Lunatic asylums Central Provinces reports 1886-1894 - 1886-1894
Year: 1886
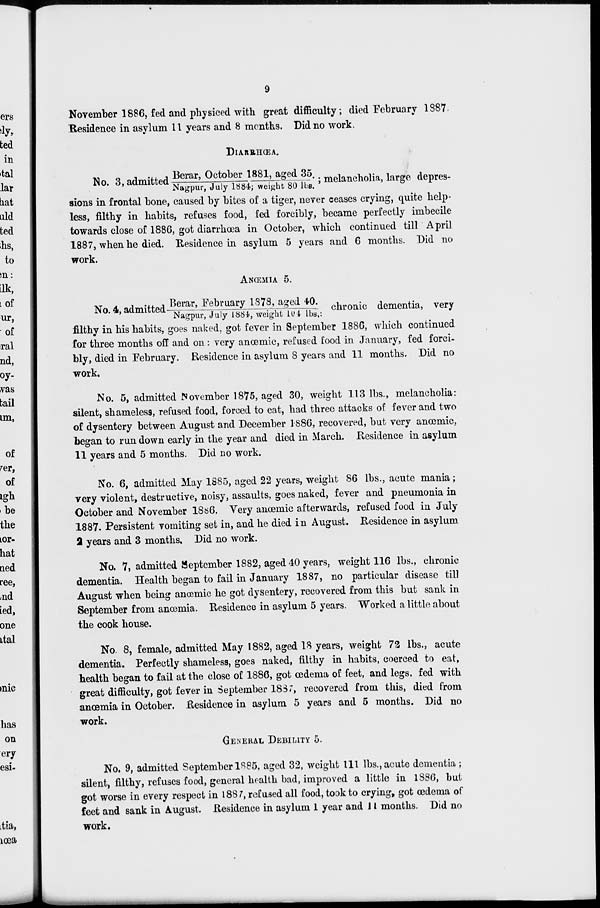
9
November 1886, fed and physiced with great difficulty; died February 1887
Residence in asylum 11 years and 8 months. Did no work.
DIAREHŒA.
No. 3, admitted Berar, October 1881, aged 35./Nagpur July 1884; weight 80 lbs. ;melacholia, large depres¬
sions in frontal bone, caused by bites of a tiger, never ceases crying, quite help-
less, filthy in habits, refuses food, fed forcibly, became perfectly imbecile
towards close of 1886, got diarrhœa in October, which continued till April
1887, when he died. Residence in asylum 5 years and 6 months. Did no
work.
ANŒMIA 5.
No.4, admitted Berar,February 1878,aged40./ Nagpur,July 1884,weight 104 lbs,: chronic dementia, very
filthy in his habits, goes naked, got fever in September 1886, which continued
for three months off and on : very anœmic, refused food in January, fed forci-
bly, died in February. Residence in asylum 8 years and 11 months. Did no
work.
No. 5, admitted November 1875, aged 30, weight 113 lbs., melancholia:
silent, shameless, refused food, forced to eat, had three attacks of fever and two
of dysentery between August and December 1886, recovered, but very anœmic,
began to run down early in the year and died in March. Residence in asylum
11 years and 5 months. Did no work.
No. 6, admitted May 1885, aged 22 years, weight 86 lbs., acute mania;
very violent, destructive, noisy, assaults, goes naked, fever and pneumonia in
October and November 1866. Very anœmic afterwards, refused food in July
1887. Persistent vomiting set in, and he died in August, Residence in asylum
2 years and 3 months. Did no work.
No. 7, admitted September 1882, aged 40 years, weight 116 lbs., chronic
dementia. Health began to fail in January 1887, no particular disease till
August when being anœmic he got dysentery, recovered from this but sank in
September from anœmia. Residence in asylum 5 years. Worked a little about
the cook house.
No. 8, female, admitted May 1882, aged 18 years, weight 72 lbs., acute
dementia. Perfectly shameless, goes naked, filthy in habits, coerced to eat,
health began to fail at the close of 1886, got œdema of feet, and legs. fed with
great difficulty, got fever in September 1887, recovered from this, died from
anœmia in October. Residence in asylum 5 years and 5 months. Did no
work.
GENERAL DEBILITY 5.
No. 9, admitted September 1885, aged 32, weight 111 lbs., acute dementia ;
silent, filthy, refuses food, general health bad, improved a little in 1886, but
got worse in every respect in 1887, refused all food, took to crying, got œdema of
feet and sank in August. Residence in asylum 1 year and 11 months. Did no
work.